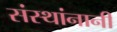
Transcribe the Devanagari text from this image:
संस्थांनानी